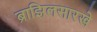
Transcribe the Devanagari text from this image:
ब्राझिलसारखे